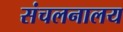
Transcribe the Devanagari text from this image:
संचलनालय